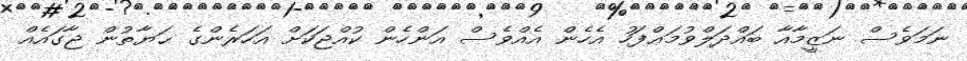
ނަމަވެސް ނަޒީމާއާ ބައްދަލްވުމަޢްފަހު އެހެން އެއްވެސް އަންހެން ކުއްޖަކަށް އަހަރެންގެ ޙަޔާތުން ޖާގައެއް